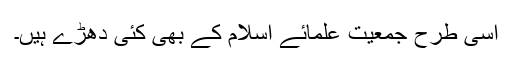
اسی طرح جمعیت علمائے اسلام کے بھی کئی دھڑے ہیں۔